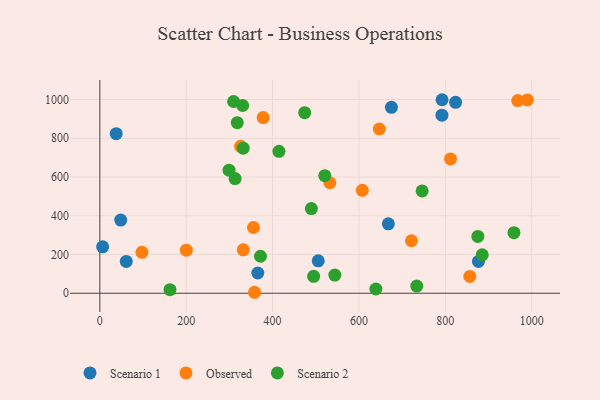
{"axis": {"x": "Price", "y": "Rating"}, "legend": ["Observed", "Scenario 1", "Scenario 2"], "data": [{"x": "61.2", "y": 164.2, "type": "Scenario 1"}, {"x": "792.1", "y": 919.3, "type": "Scenario 1"}, {"x": "823.7", "y": 985.9, "type": "Scenario 1"}, {"x": "48.4", "y": 377.8, "type": "Scenario 1"}, {"x": "505.7", "y": 167.4, "type": "Scenario 1"}, {"x": "668.0", "y": 358.5, "type": "Scenario 1"}, {"x": "365.8", "y": 104.5, "type": "Scenario 1"}, {"x": "37.9", "y": 824.0, "type": "Scenario 1"}, {"x": "792.4", "y": 999.1, "type": "Scenario 1"}, {"x": "6.5", "y": 239.7, "type": "Scenario 1"}, {"x": "675.1", "y": 959.7, "type": "Scenario 1"}, {"x": "876.6", "y": 164.4, "type": "Scenario 1"}, {"x": "989.9", "y": 998.3, "type": "Observed"}, {"x": "97.5", "y": 211.5, "type": "Observed"}, {"x": "200.3", "y": 222.6, "type": "Observed"}, {"x": "856.6", "y": 87.0, "type": "Observed"}, {"x": "378.2", "y": 906.7, "type": "Observed"}, {"x": "607.8", "y": 531.6, "type": "Observed"}, {"x": "332.1", "y": 224.3, "type": "Observed"}, {"x": "326.0", "y": 758.9, "type": "Observed"}, {"x": "355.7", "y": 339.3, "type": "Observed"}, {"x": "647.2", "y": 847.9, "type": "Observed"}, {"x": "358.2", "y": 5.0, "type": "Observed"}, {"x": "721.6", "y": 271.0, "type": "Observed"}, {"x": "532.6", "y": 570.4, "type": "Observed"}, {"x": "967.7", "y": 994.8, "type": "Observed"}, {"x": "812.0", "y": 693.4, "type": "Observed"}, {"x": "885.4", "y": 198.1, "type": "Scenario 2"}, {"x": "309.7", "y": 989.9, "type": "Scenario 2"}, {"x": "331.9", "y": 748.9, "type": "Scenario 2"}, {"x": "330.7", "y": 969.2, "type": "Scenario 2"}, {"x": "162.4", "y": 18.6, "type": "Scenario 2"}, {"x": "733.8", "y": 37.1, "type": "Scenario 2"}, {"x": "372.0", "y": 191.1, "type": "Scenario 2"}, {"x": "489.8", "y": 437.3, "type": "Scenario 2"}, {"x": "313.2", "y": 592.1, "type": "Scenario 2"}, {"x": "875.2", "y": 293.5, "type": "Scenario 2"}, {"x": "495.0", "y": 87.4, "type": "Scenario 2"}, {"x": "318.2", "y": 880.5, "type": "Scenario 2"}, {"x": "414.7", "y": 732.5, "type": "Scenario 2"}, {"x": "544.1", "y": 93.6, "type": "Scenario 2"}, {"x": "520.8", "y": 607.0, "type": "Scenario 2"}, {"x": "639.1", "y": 22.0, "type": "Scenario 2"}, {"x": "746.2", "y": 528.2, "type": "Scenario 2"}, {"x": "958.8", "y": 312.5, "type": "Scenario 2"}, {"x": "299.2", "y": 635.2, "type": "Scenario 2"}, {"x": "474.3", "y": 932.1, "type": "Scenario 2"}]}